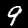
Digit: 9